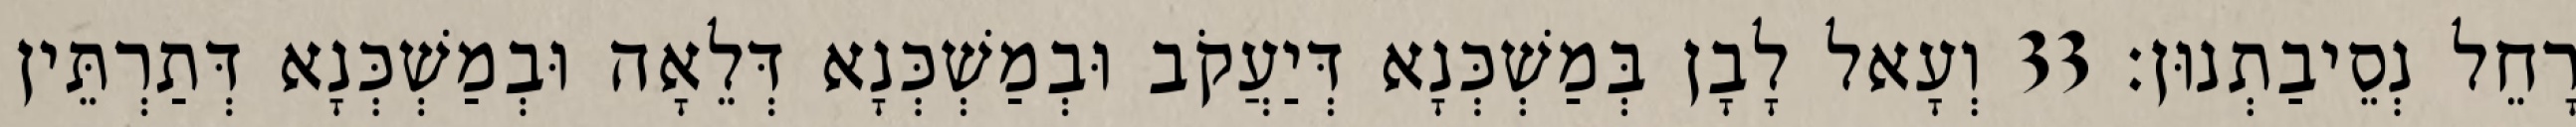
רָחֵל נְסֵיבַתְנוּן׃ 33 וְעָאל לָבָן בְּמַשְׁכְּנָא דְּיַעֲקֹב וּבְמַשְׁכְּנָא דְּלֵאָה וּבְמַשְׁכְּנָא דְּתַרְתֵּין